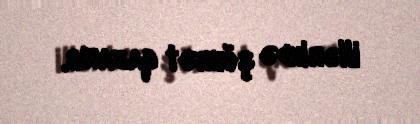
illərində şöhrət qazanıb.